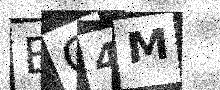
Text: EO4M